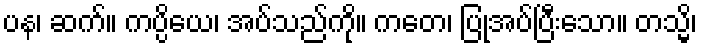
ပန၊ ဆက်။ ကပ္ပိယေ၊ အပ်သည်ကို။ ကတေ၊ ပြုအပ်ပြီးသော။ တသ္မိ၊